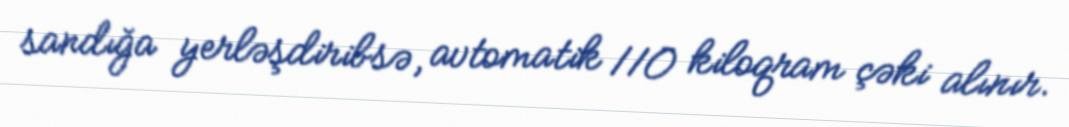
sandığa yerləşdiribsə, avtomatik 110 kiloqram çəki alınır.